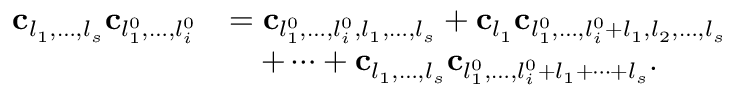
\begin{array} { r l } { \mathbf { c } _ { l _ { 1 } , \ldots , l _ { s } } \mathbf { c } _ { l _ { 1 } ^ { 0 } , \ldots , l _ { i } ^ { 0 } } } & { = \mathbf { c } _ { l _ { 1 } ^ { 0 } , \ldots , l _ { i } ^ { 0 } , l _ { 1 } , \ldots , l _ { s } } + \mathbf { c } _ { l _ { 1 } } \mathbf { c } _ { l _ { 1 } ^ { 0 } , \ldots , l _ { i } ^ { 0 } + l _ { 1 } , l _ { 2 } , \ldots , l _ { s } } } \\ & { \quad + \cdots + \mathbf { c } _ { l _ { 1 } , \ldots , l _ { s } } \mathbf { c } _ { l _ { 1 } ^ { 0 } , \ldots , l _ { i } ^ { 0 } + l _ { 1 } + \cdots + l _ { s } } . } \end{array}